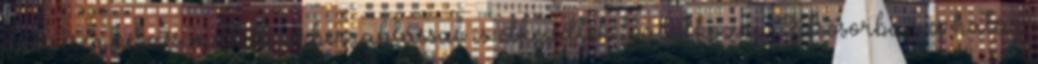
drogcsempészés mellett emberrablással is elkezdtek foglalkozni. Elsősorban a határ